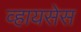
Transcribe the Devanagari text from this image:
व्हायसेस